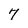
Character: 7